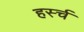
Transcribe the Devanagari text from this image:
हर्स्च